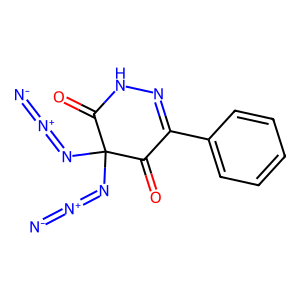
SMILES: [N-]=[N+]=NC1(N=[N+]=[N-])C(=O)NN=C(c2ccccc2)C1=O
Inhibits HIV replication: No